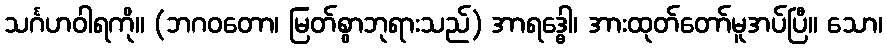
သင်္ဂဟဝါရကို။ (ဘဂဝတော၊ မြတ်စွာဘုရားသည်) အာရဒ္ဓေါ၊ အားထုတ်တော်မူအပ်ပြီ။ သော၊